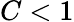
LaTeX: C<1